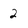
Character: 2